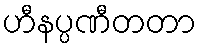
ဟီနပ္ပဏီတတာ